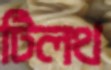
টিলথ